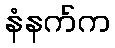
နံနက်က